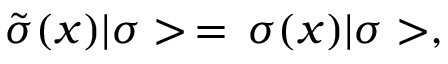
\tilde { \sigma } ( x ) | \sigma > \, = \, \sigma ( x ) | \sigma > ,